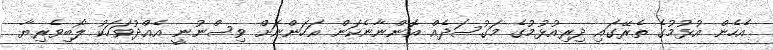
އެހެން އުޅުމުގެ ތެރޭގައި ދިރިއުޅުމުގެ މަގުސަދެއް އޮންނާނެކަން އަހަންނަށް ވިސްނުނީ އެއްދުވަހަކު ލޯބިވެރިޔާ